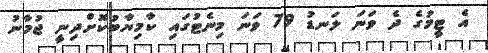
އެ ޓީމުގެ ދެ ވަނަ ލަނޑު 79 ވަނަ މިނެޓުގައި ކާމިޔާބުކޮށްދިނީ ޖުމާނު